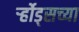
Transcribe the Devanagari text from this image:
र्ऱ्होड्सच्या